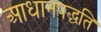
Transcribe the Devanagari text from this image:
आधानपद्धति